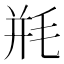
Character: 𰚗